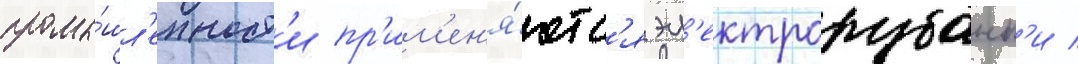
промы́шл'енност'и пр'им'ен'я́ютс'я эл'ектрорубанк'и /